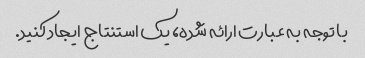
با توجه به عبارت ارائه شده، یک استنتاج ایجاد کنید.